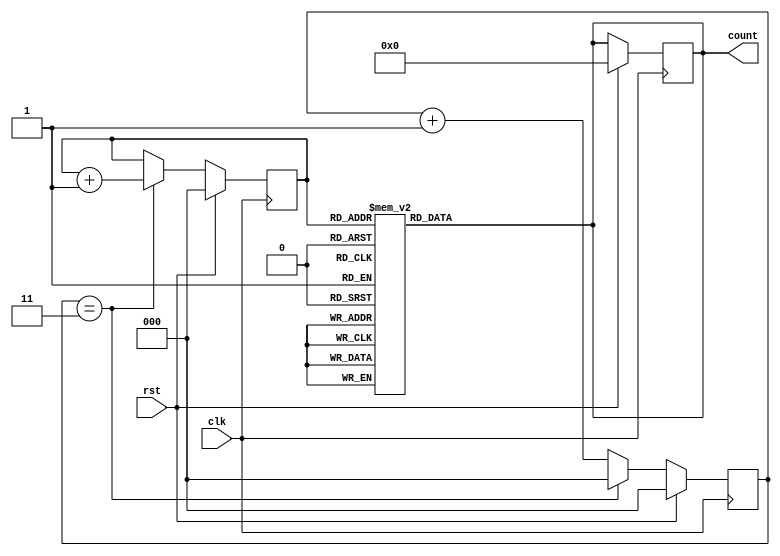
module johnson_gray_counter (
  input wire clk,
  input wire rst,
  output reg [3:0] count
);

reg [2:0] johnson_count;
reg [2:0] gray_count;

always @(posedge clk) begin
  if (rst) begin
    johnson_count <= 0;
    gray_count <= 0;
    count <= 4'b0000;
  end else begin
    johnson_count <= johnson_count + 1;
    if (johnson_count == 3) begin
      johnson_count <= 0;
      gray_count <= gray_count + 1;
    end
  end
end

always @(gray_count) begin
  case(gray_count)
    3'b000: count <= 4'b0000;
    3'b001: count <= 4'b0001;
    3'b010: count <= 4'b0011;
    3'b011: count <= 4'b0010;
    3'b100: count <= 4'b0110;
    3'b101: count <= 4'b0111;
    3'b110: count <= 4'b0101;
    3'b111: count <= 4'b0100;
  endcase
end

endmodule